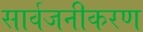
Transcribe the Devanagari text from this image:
सार्वजनीकरण